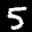
Label: 5